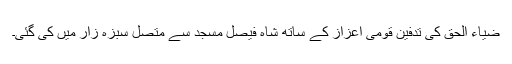
ضیاء الحق کی تدفین قومی اعزاز کے ساتھ شاہ فیصل مسجد سے متصل سبزہ زار میں کی گئی۔